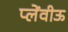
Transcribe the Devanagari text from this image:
प्लेंवीऊ